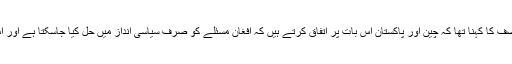
بیجنگ میں وزیر خارجہ خواجہ آصف کا کہنا تھا کہ چین اور پاکستان اس بات پر اتفاق کرتے ہیں کہ افغان مسئلے کو صرف سیاسی انداز میں حل کیا جاسکتا ہے اور اس کا کوئی فوجی حل موجود نہیں۔